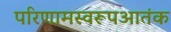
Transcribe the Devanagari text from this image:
परिणामस्वरूपआतंक